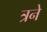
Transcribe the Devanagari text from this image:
त्रने